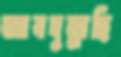
আবদুল্লাহি